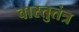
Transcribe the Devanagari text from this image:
वास्तुतंत्र